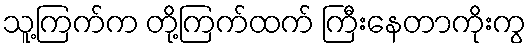
သူ့ကြက်က တို့ကြက်ထက် ကြီးနေတာကိုးကွ